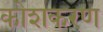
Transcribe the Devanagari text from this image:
कोशकरण